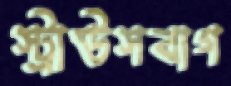
স্ট্রাউসবাগ